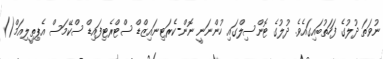
ނުވަތަ ދުލުގެ ފަހަތުބައިގައެވެ. ދުލުގެ ޓޮންސިލްގައި ހުންނަނީ ނޮން-ކެރަޓިނައިޒްޑް ސްޓްރެޓިފައިޑް ސްކޭމަސް އެޕިތީލިއަމް()